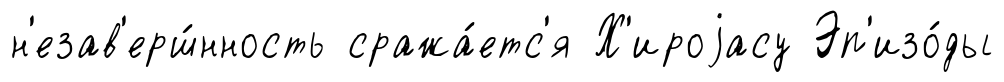
н'езав'ерш́нность сража́етс'я Х'ироjасу Эп'изо́ды